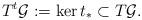
LaTeX: \begin{align*}T^t\mathcal{G}:=\ker t_\ast\subset T\mathcal{G}.\end{align*}